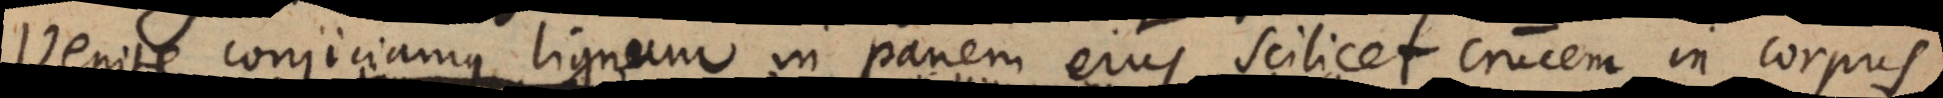
venite conjiciamus lignum in panem ejus scilicet crucem in corpus